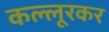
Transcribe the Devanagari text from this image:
कल्लूरकर